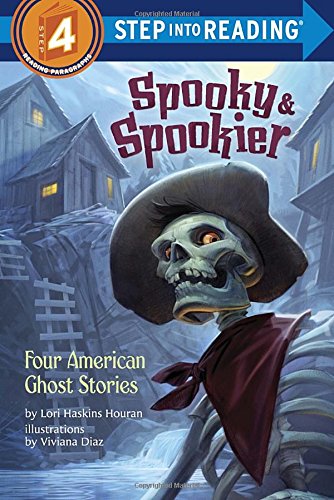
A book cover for Spooky & Spookier: Four American Ghost Stories (Step into Reading); Lori Haskins Houran; Children's Books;